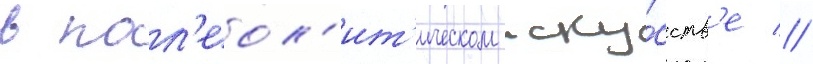
в пал'еол'ит'ическом иску́сств'е //